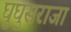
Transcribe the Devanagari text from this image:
घुघुसराजा